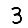
Digit: 3